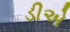
ડીએ